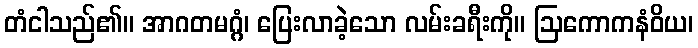
တံငါသည်၏။ အာဂတမဂ္ဂံ၊ ပြေးလာခဲ့သော လမ်းခရီးကို။ ဩကောကနံဝိယ၊